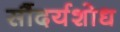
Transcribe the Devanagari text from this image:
सौंदर्यशोध